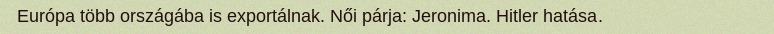
Európa több országába is exportálnak. Női párja: Jeronima. Hitler hatása.